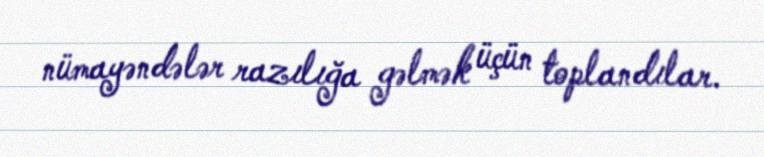
nümayəndələr razılığa gəlmək üçün toplandılar.